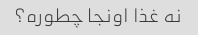
نه غذا اونجا چطوره؟